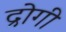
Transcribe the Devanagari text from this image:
द्रोगी